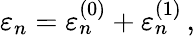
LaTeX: \varepsilon_{n}=\varepsilon_{n}^{(0)}+\varepsilon_{n}^{(1)}\, ,